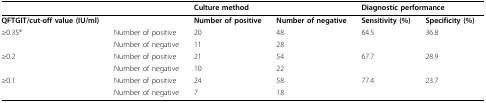
<table><thead><tr><td></td><td></td><td colspan="2"><b>Culture method</b></td><td colspan="2"><b>Diagnostic performance</b></td></tr></thead><tbody><tr><td><b>QFTGIT/cut-off value (IU/ml)</b></td><td></td><td><b>Number of positive</b></td><td><b>Number of negative</b></td><td><b>Sensitivity (%)</b></td><td><b>Specificity (%)</b></td></tr><tr><td>≥ 0.35*</td><td>Number of positive</td><td>20</td><td>48</td><td>64.5</td><td>36.8</td></tr><tr><td></td><td>Number of negative</td><td>11</td><td>28</td><td></td><td></td></tr><tr><td>≥ 0.2</td><td>Number of positive</td><td>21</td><td>54</td><td>67.7</td><td>28.9</td></tr><tr><td></td><td>Number of negative</td><td>10</td><td>22</td><td></td><td></td></tr><tr><td>≥ 0.1</td><td>Number of positive</td><td>24</td><td>58</td><td>77.4</td><td>23.7</td></tr><tr><td></td><td>Number of negative</td><td>7</td><td>18</td><td></td><td></td></tr></tbody></table>